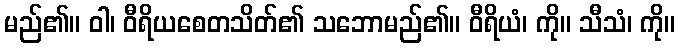
မည်၏။ ဝါ၊ ဝီရိယစေတသိတ်၏ သဘောမည်၏။ ဝီရိယံ၊ ကို။ သီသံ၊ ကို။